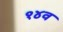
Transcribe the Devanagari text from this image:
१४व